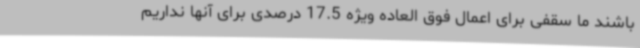
باشند ما سقفی برای اعمال فوق العاده ویژه 17.5 درصدی برای آنها نداریم